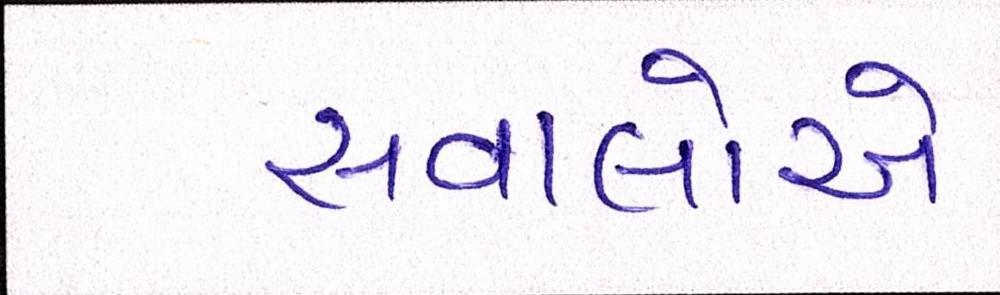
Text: સવાલોએ